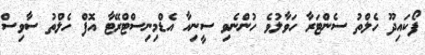
ފޯކައިދޫ ހެލްތު ސެންޓަރާ ހަވާލުވެ ހުންނެވި ސީނިއާ އެޑްމިނިސްޓްރޭޓާ އޮފް ހެލްތު ސާވިސް